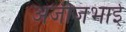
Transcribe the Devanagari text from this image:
अजीजभाई